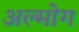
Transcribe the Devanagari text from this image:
अल्मोग